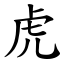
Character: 虎